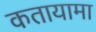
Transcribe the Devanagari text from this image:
कतायामा